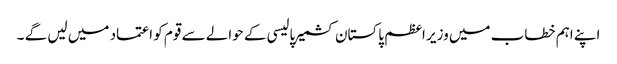
اپنے اہم خطاب میں وزیر اعظم پاکستان کشمیر پالیسی کے حوالے سے قوم کو اعتماد میں لیں گے ۔